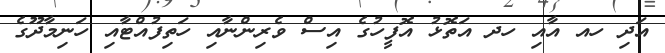
އަދި ހއ އާއި ހދ އަތޮޅު އޮފީހުގެ އިސް ވެރިންނާއި ހަތިފުއްޓާއި ހަނިމާދޫގެ